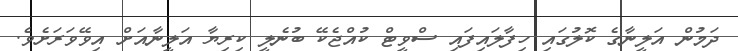
ދަމުން އަލީނާގެ ކޮލުގައި ހިފާލައިފައި ސްވީޓް ކުއްޖެކޭ ބުނެލީ ކިރިޔާ އަލީނާއަށް އިވޭވަރަށެވެ.